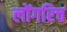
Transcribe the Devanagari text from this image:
लोंगरिच